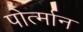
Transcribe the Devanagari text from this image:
पोर्त्मान